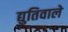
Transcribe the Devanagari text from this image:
द्युतिवाले